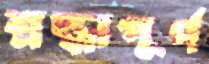
শ্রদ্ধাপূর্ণ